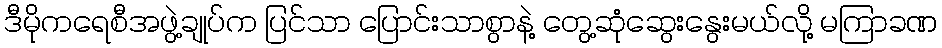
ဒီမိုကရေစီအဖွဲ့ချုပ်က ပြင်သာ ပြောင်းသာစွာနဲ့ တွေ့ဆုံဆွေးနွေးမယ်လို့ မကြာခဏ